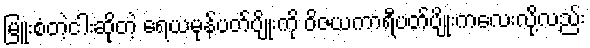
မြူးစံတဲ့ငါးဆိုတဲ့ ရေယမုန်ပတ်ပျိုးကို ဝိဇယကာရီပတ်ပျိုးကလေးလို့လည်း